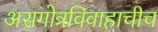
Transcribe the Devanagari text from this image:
असगोत्रविवाहाचीच